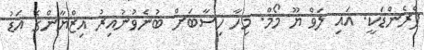
ފްރެންޑަކީ. އައި ލަވް ޔޫ މޯމް. މިހާ ހިސާބަށް ބުނެވުނުއިރު އިޒްޔާންގެ އަޑު